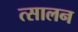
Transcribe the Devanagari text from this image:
त्सालन